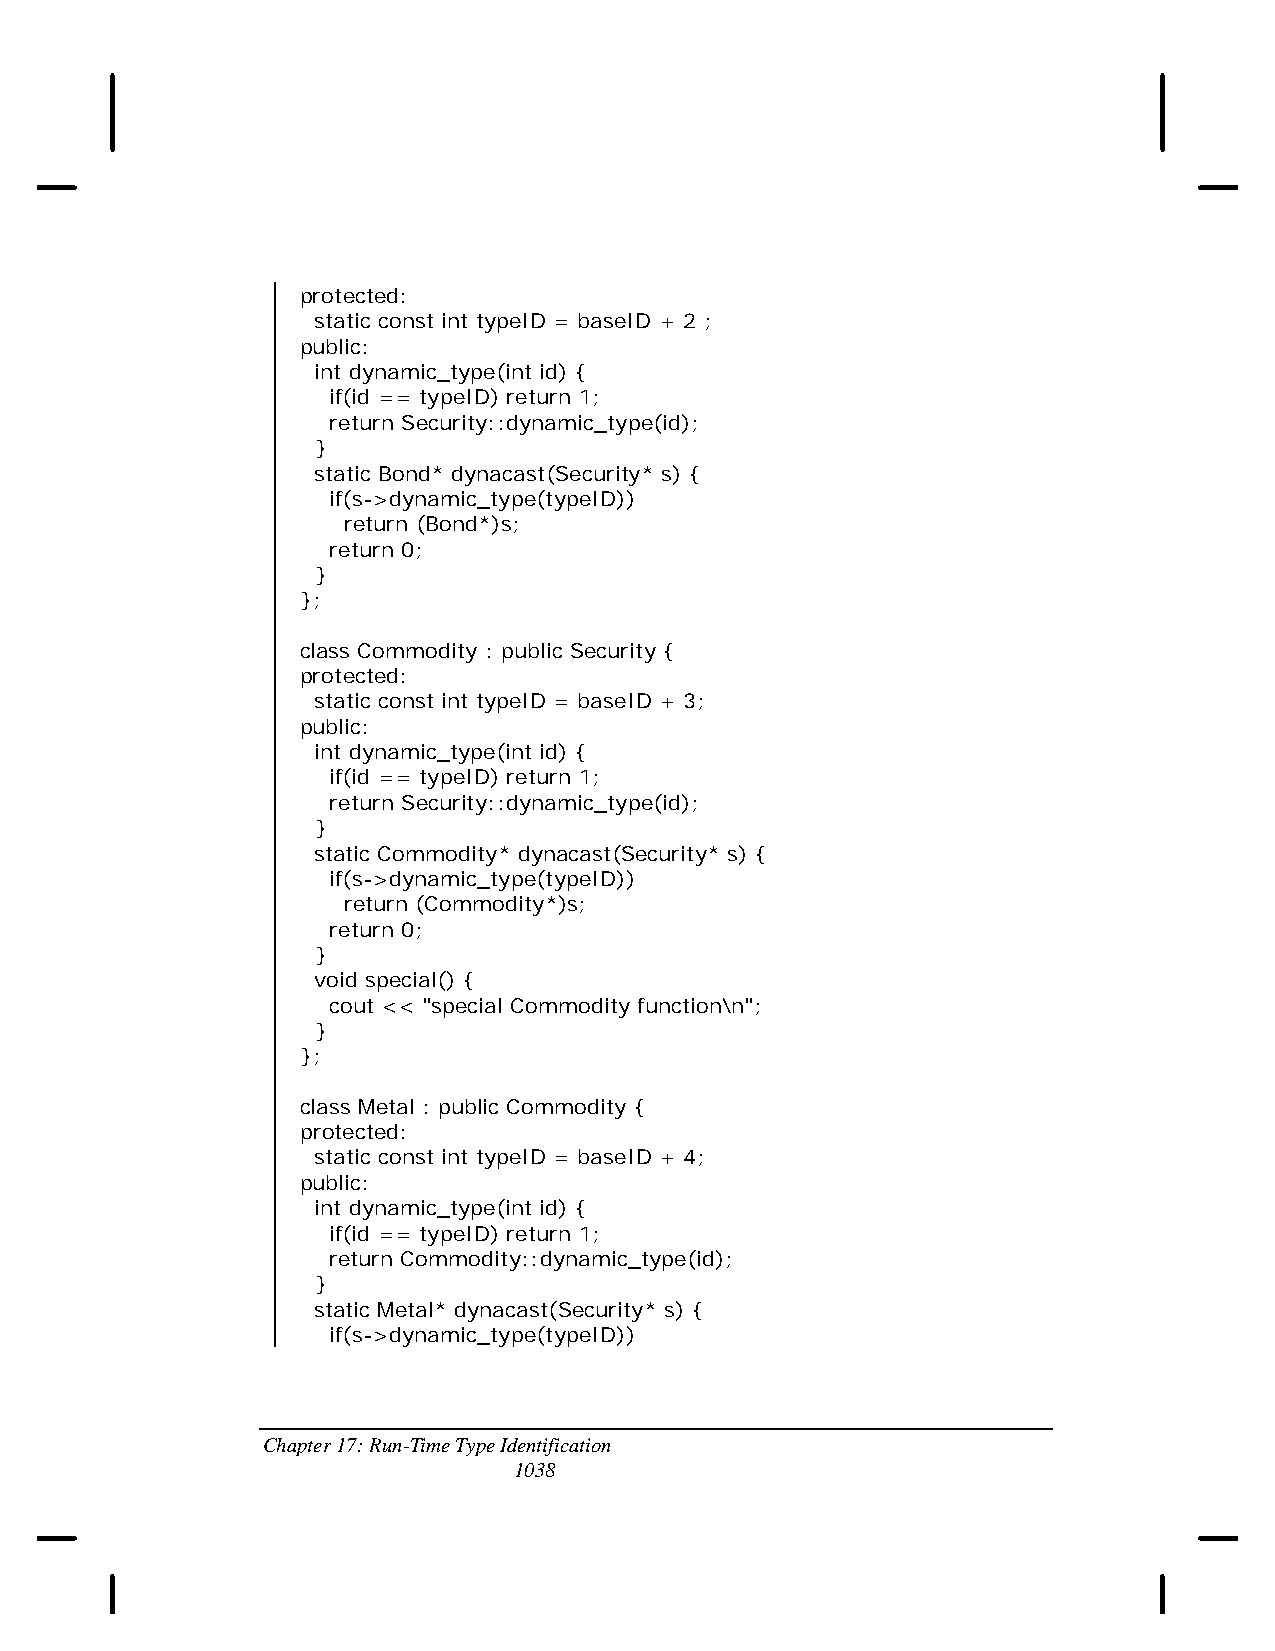
protected:
 static const int typeID = baseID + 2 ;
 public:
 int dynamic_type(int id) {
 if(id == typeID) return 1;
 return Security::dynamic_type(id);
 }
 static Bond* dynacast(Security* s) {
 if(s->dynamic_type(typeID))
 return (Bond*)s;
 return 0;
 }
 };
 class Commodity : public Security {
 protected:
 static const int typeID = baseID + 3;
 public:
 int dynamic_type(int id) {
 if(id == typeID) return 1;
 return Security::dynamic_type(id);
 }
 static Commodity* dynacast(Security* s) {
 if(s->dynamic_type(typeID))
 return (Commodity*)s;
 return 0;
 }
 void special() {
 cout << "special Commodity function\n";
 }
 };
 class Metal : public Commodity {
 protected:
 static const int typeID = baseID + 4;
 public:
 int dynamic_type(int id) {
 if(id == typeID) return 1;
 return Commodity::dynamic_type(id);
 }
 static Metal* dynacast(Security* s) {
 if(s->dynamic_type(typeID))
 Chapter 17: Run-Time Type Identification
 1038